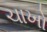
ચાખો